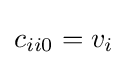
c_{ii0}=v_{i}